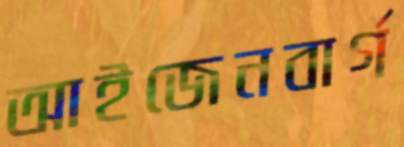
আইজেনবার্গ